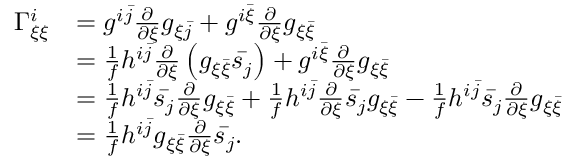
\begin{array} { r l } { \Gamma _ { \xi \xi } ^ { i } } & { = g ^ { i \bar { j } } \frac { \partial } { \partial \xi } g _ { \xi \bar { j } } + g ^ { i \bar { \xi } } \frac { \partial } { \partial \xi } g _ { \xi \bar { \xi } } } \\ & { = \frac { 1 } { f } h ^ { i \bar { j } } \frac { \partial } { \partial \xi } \left( g _ { \xi \bar { \xi } } \bar { s _ { j } } \right) + g ^ { i \bar { \xi } } \frac { \partial } { \partial \xi } g _ { \xi \bar { \xi } } } \\ & { = \frac { 1 } { f } h ^ { i \bar { j } } \bar { s _ { j } } \frac { \partial } { \partial \xi } g _ { \xi \bar { \xi } } + \frac { 1 } { f } h ^ { i \bar { j } } \frac { \partial } { \partial \xi } \bar { s _ { j } } g _ { \xi \bar { \xi } } - \frac { 1 } { f } h ^ { i \bar { j } } \bar { s _ { j } } \frac { \partial } { \partial \xi } g _ { \xi \bar { \xi } } } \\ & { = \frac { 1 } { f } h ^ { i \bar { j } } g _ { \xi \bar { \xi } } \frac { \partial } { \partial \xi } \bar { s _ { j } } . } \end{array}